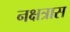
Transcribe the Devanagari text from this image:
नक्षत्रास